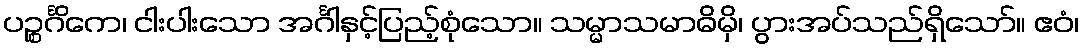
ပဉ္စင်္ဂိကေ၊ ငါးပါးသော အင်္ဂါနှင့်ပြည့်စုံသော။ သမ္မာသမာဓိမှိ၊ ပွားအပ်သည်ရှိသော်။ ဧဝံ၊